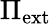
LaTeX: \Pi_{\mathrm{ext}}